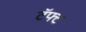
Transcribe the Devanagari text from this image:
टॅफ्ट